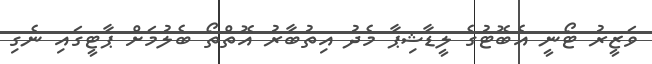
ވަޒީރު ޓޯނީ އެބޮޓުގެ ލީޑާޝިޕާ މެދު އިތުބާރު އޮތްތޯ ބެލުމަށް ޕާޓީގައި ނެގި